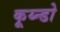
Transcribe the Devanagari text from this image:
कूय्न्डो